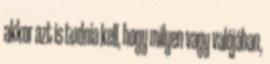
akkor azt is tudnia kell, hogy milyen vagy valójában,